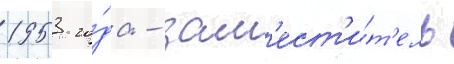
1953 го́да - зам'ест'и́т'ель